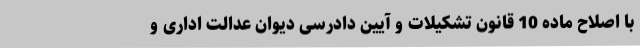
با اصلاح ماده 10 قانون تشکیلات و آیین دادرسی دیوان عدالت اداری و